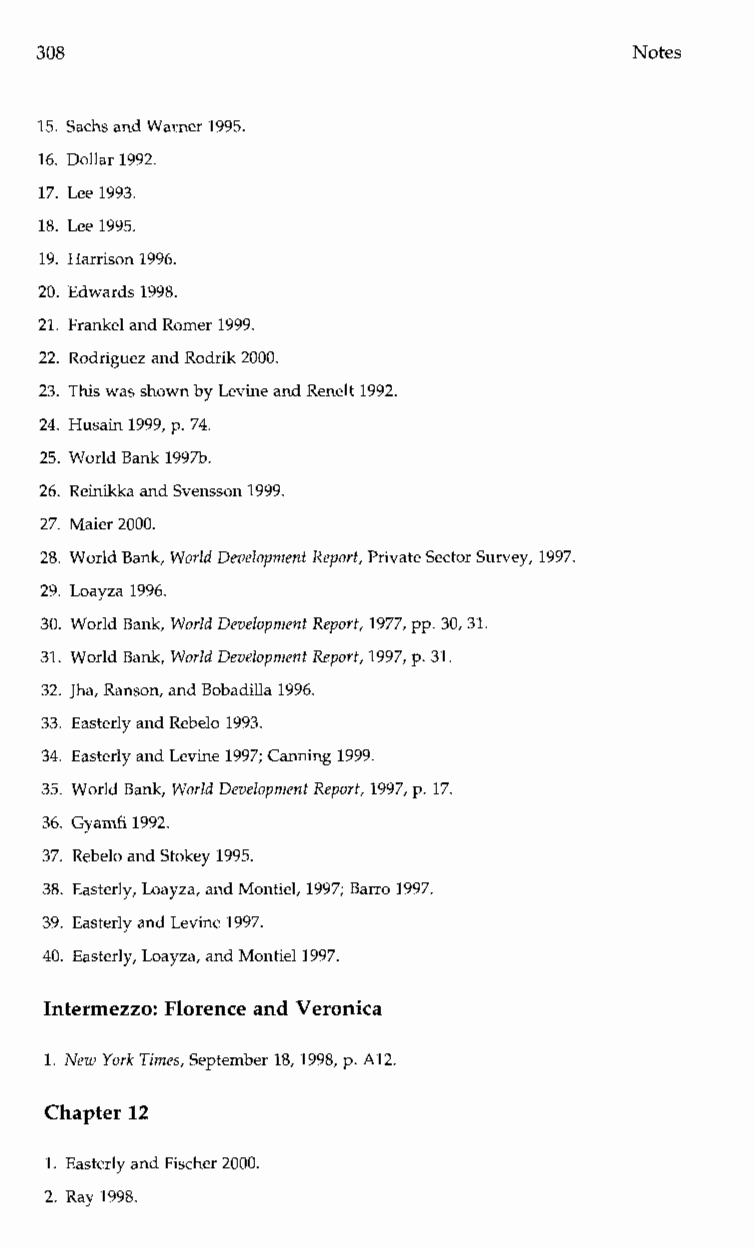
Notes
 15. Sachs and Warner 1995.
 16. Dollar 1992.
 17. Lee 1993.
 18. Lee 1995.
 19. Harrison 1996.
 20. Edwards 1998.
 21. Frankel and Romer 1999.
 22. Rodriguez and Rodrik 2000.
 23. This was shown by Levine and Renelt 1992.
 24. Husain 1999, p. 74.
 25. World Bank 199%.
 26. Reinikka and Svensson 1999.
 27. Maier 2000.
 28. World Bank, World Development Report, Private Sector Survey, 1997.
 29. Loayza 1996.
 30. World Bank, World Development Report,1 977, pp. 30, 31.
 31. World Bank, World Development Report,1 997, p. 31.
 32. Jha, Ranson, and Bobadilla 1996.
 33. Easterly and Rebelo 1993.
 34. Easterly and Levine 1997; Canning 1999.
 35. World Bank, World Development Report, 1997, p. 17.
 36. Gyamfi 1992.
 37. Rebelo and Stokey 1995.
 38. Easterly, Loayza, and Montiel, 1997; Barro 1997.
 39. Easterly and Levine 1997.
 40. Easterly, Loayza, and Montiel 1997.
 Intermezzo: Florence and Veronica
 1. New York Times, September 18, 1998, p. A12.
 Chapter 12
 1. Easterly and Fischer 2000.
 2. Ray 1998.